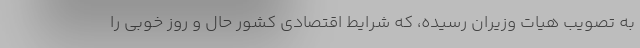
به تصویب هیات وزیران رسیده، که شرایط اقتصادی کشور حال و روز خوبی را